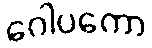
ဂေါပကော